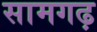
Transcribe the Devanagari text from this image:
सामगढ़